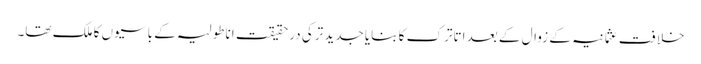
خلافتِ عثمانیہ کے زوال کے بعد اتاترک کا بنایا جدید ترکی درحقیقت اناطولیہ کے باسیوں کا ملک تھا۔